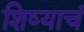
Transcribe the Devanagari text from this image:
शिष्याचं